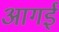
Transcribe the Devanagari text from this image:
आगई